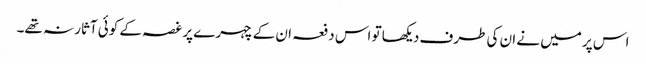
اس پر میں نے ان کی طرف دیکھا تو اس دفعہ ان کے چہرے پر غصہ کے کوئی آثار نہ تھے۔